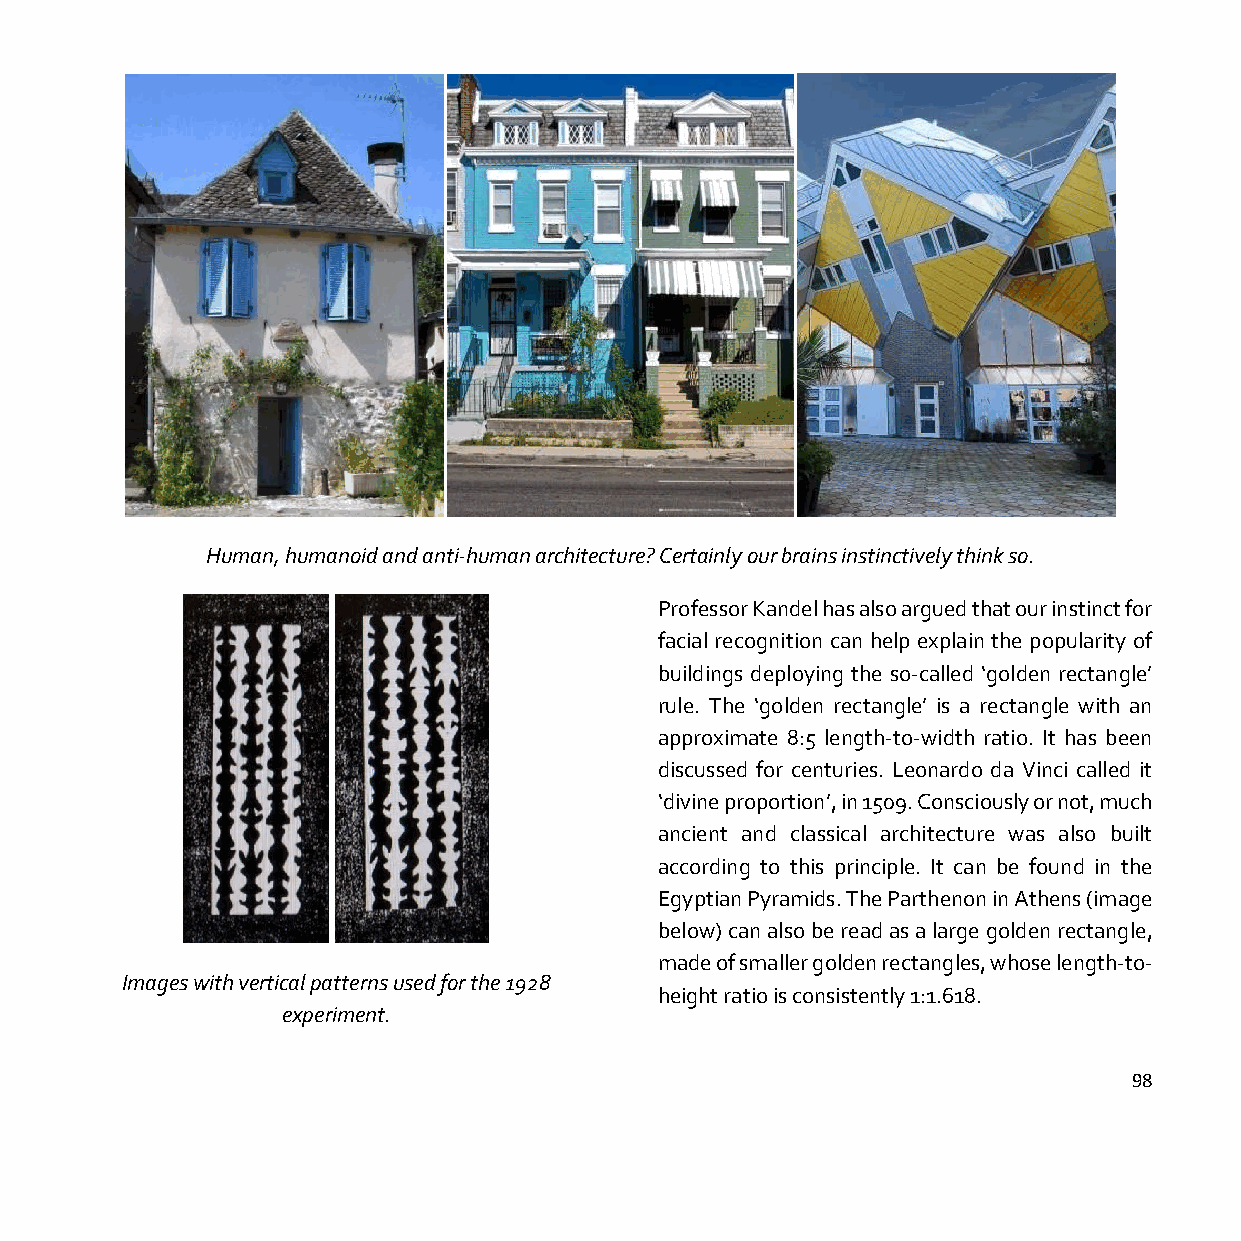
Human, humanoid and anti-human architecture? Certainly our brains instinctively think so.
 Professor Kandel has also argued that our instinct for
 facial recognition can help explain the popularity of
 buildings deploying the so-called ‘golden rectangle’
 rule. The ‘golden rectangle’ is a rectangle with an
 approximate 8:5 length-to-width ratio. It has been
 discussed for centuries. Leonardo da Vinci called it
 ‘divine proportion’, in 1509. Consciously or not, much
 ancient and classical architecture was also built
 according to this principle. It can be found in the
 Egyptian Pyramids. The Parthenon in Athens (image
 below) can also be read as a large golden rectangle,
 made of smaller golden rectangles, whose length-to-
 Images with vertical patterns used for the 1928
 height ratio is consistently 1:1.618.
 experiment.
 98